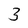
Character: 3